Leaving Certificate Examination (including Day School Certificate (Higher) General paper), 1929
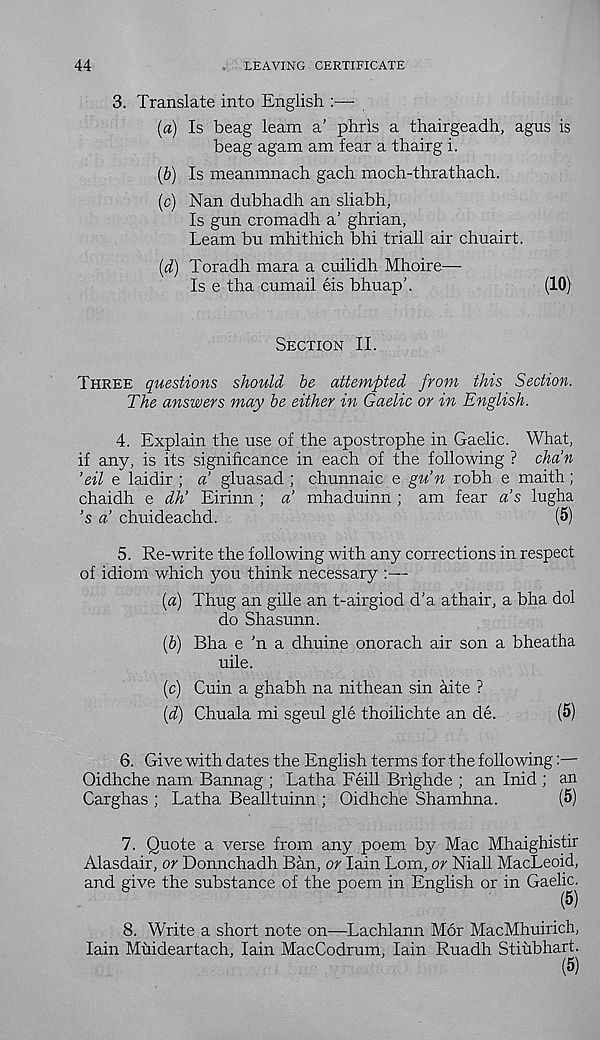
44
LEAVING CERTIFICATE
3. Translate into English :—-
(a) Is beag leam a’ phris a thairgeadh, agus is
beag agam am fear a thairg i.
(b) Is meanmnach gach moch-thrathach.
(c) Nan dubhadh an sliabh,
Is gun cromadh a’ ghrian,
Leam bu mhithich bhi triall air chuairt.
(d) Toradh mar a a cuilidh Mhoire—
Is e tha cumail eis bhuap’.
(10)
Section II.
Three questions should be attempted from this Section.
The answers may be either in Gaelic or in English.
4. Explain the use of the apostrophe in Gaelic. What,
if any, is its significance in each of the following ? chain
’eil e laidir ; a’ gluasad ; chunnaic e gu’n robh e maith;
chaidh e dh’ Eirinn ; a’ mhaduinn ; am fear as lugha
’s a’ chuideachd.
(5)
5. Re-write the following with any corrections in respect
of idiom which you think necessary
{a) Thug an gille an t-airgiod d'a athair, a bha dol
do Shasunn.
(6) Bha e 'n a dhuine onorach air son a bheatha
uile.
(c) Cuin a ghabh na nithean sin aite ?
[d) Chuala mi sgeul gle thoilichte an de.
(5)
6. Give with dates the English terms for the following:—
Oidhche nam Bannag ; Latha Feill Brighde ; an Inid ; an
Carghas ; Latha Bealltuinn ; Oidhche Shamhna.
(5)
7. Quote a verse from any poem by Mac Mhaighistir
Alasdair, or Dormchadh Ban, or Iain Lorn, or Niall MacLeoid,
and give the substance of the poem in English or in ^a e^g j
8. Write a short note on—Lachlann Mor MacMhuirich,
Iain Muideartach, Iain MacCodrum, Iain Ruadh Stiubhart.